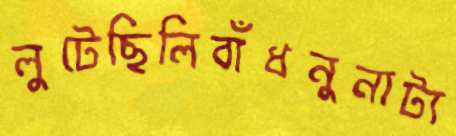
লুটেছিলিবাঁধনুনাট্য